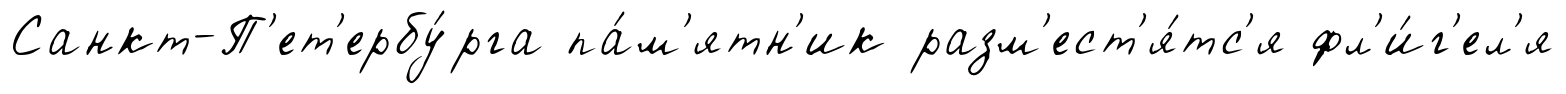
Санкт-П'ет'ербу́рга па́м'ятн'ик разм'ест'я́тс'я фл'и́г'ел'я